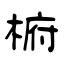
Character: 椨